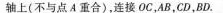
轴上(不与点A重合)，连接OC，AB，CD，BD。